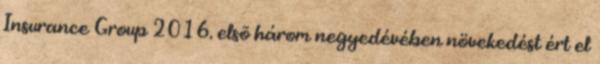
Insurance Group 2016. elsõ három negyedévében növekedést ért el